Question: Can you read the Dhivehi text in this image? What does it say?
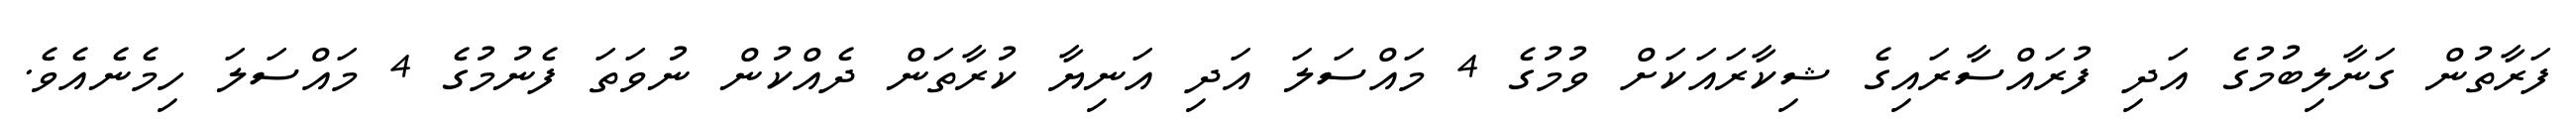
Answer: ފަރާތުން ގަނާލިބުމުގެ އަދި ފުރައްސާރައިގެ ޝިކާރައަކަށް ވުމުގެ 4 މައްސަލަ އަދި އަނިޔާ ކުރާތަން ދެއްކުން ނުވަތަ ފެނުމުގެ 4 މައްސަލަ ހިމެނެއެވެ.